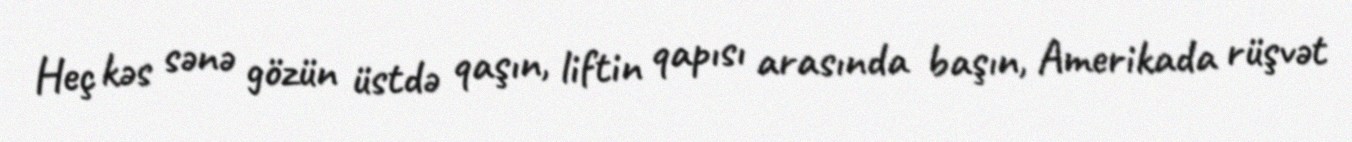
Heç kəs sənə gözün üstdə qaşın, liftin qapısı arasında başın, Amerikada rüşvət